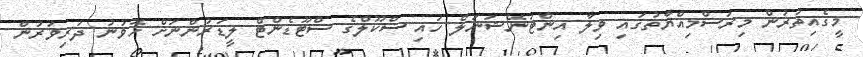
މީގެއިތުރުން މިރަސްމިއްޔާތުގައި ވިލާ އިންޓަނޭޝަނަލް ހައި ސްކޫލްގެ ސްޓޫޑެންޓް ލީޑަރުންނަށް ހޮވުނު ދަރިވަރުން